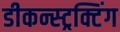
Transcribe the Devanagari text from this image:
डीकन्स्ट्रक्टिंग